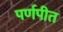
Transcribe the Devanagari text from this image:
पर्णपीत